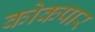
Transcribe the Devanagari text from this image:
कोकपार